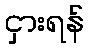
ငှားရန်